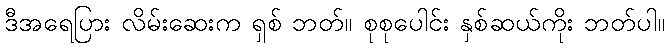
ဒီအရေပြား လိမ်းဆေးက ရှစ် ဘတ်။ စုစုပေါင်း နှစ်ဆယ်ကိုး ဘတ်ပါ။